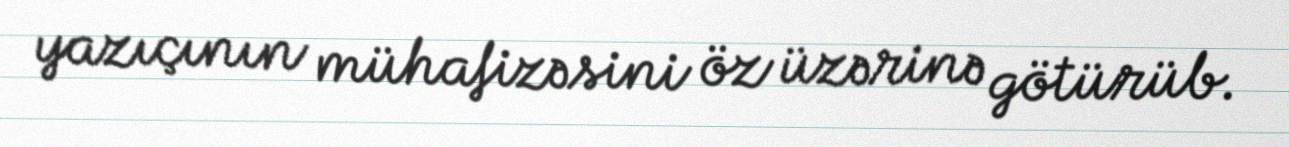
yazıçının mühafizəsini öz üzərinə götürüb.